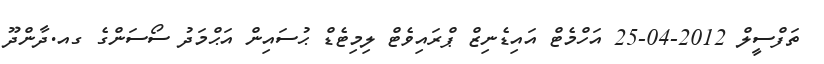
ތަފްސީލް 2012-04-25 އަހްމެޓް އައިޑެނިޒް ޕްރައިވެޓް ލިމިޓެޑް ޙުސައިން އަޙްމަދު ސޯސަންގެ ގއ.ދާންދޫ